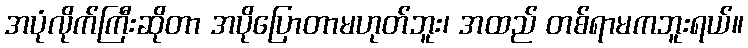
အပုံလိုက်ကြီးဆိုတာ အပိုပြောတာမဟုတ်ဘူး၊ အထည် တစ်ရာမကဘူးရယ်။